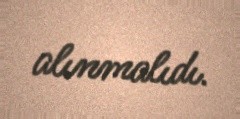
alınmalıdı.